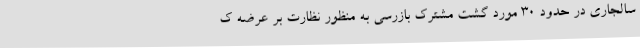
سالجاری در حدود 30 مورد گشت مشترک بازرسی به منظور نظارت بر عرضه ک